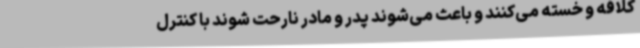
کلافه و خسته می‌کنند و باعث می‌شوند پدر و مادر نارحت شوند با کنترل